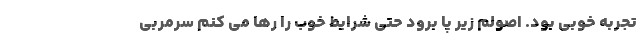
تجربه خوبی بود. اصولم زیر پا برود حتی شرایط خوب را رها می کنم سرمربی